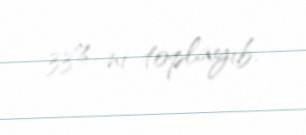
33%-ni toplayıb.